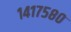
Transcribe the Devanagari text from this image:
१४१७५८०